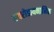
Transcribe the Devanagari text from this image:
एयरोडायनामिक